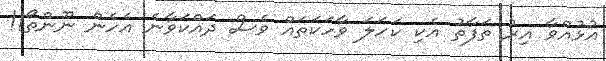
އުޅުއްވާ އިރު ތަފާތު އެކި ކަހަލަ ވާހަކަތައް ވެސް ދައްކަވާނެ އެހެން ނޫންތޯ!!